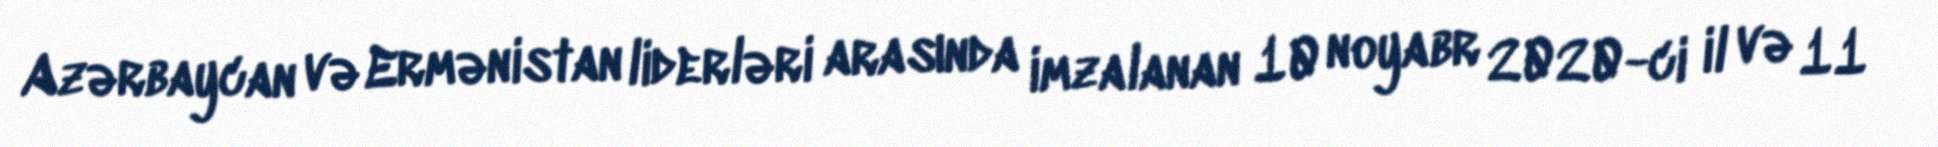
Azərbaycan və Ermənistan liderləri arasında imzalanan 10 noyabr 2020-ci il və 11